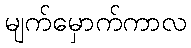
မျက်မှောက်ကာလ